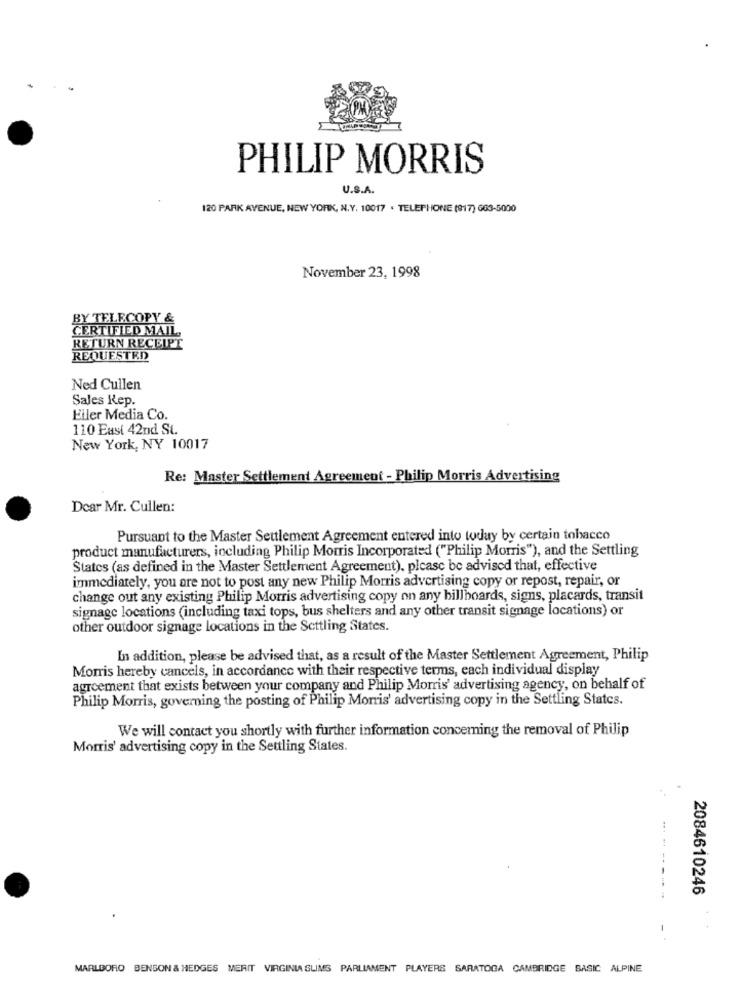
PHILIP MORRIS
U.S.A.
120 PARK AVENUE, NEW YORK, N.Y. 10017 . TELEPHONE (917) 663-5000
November 23, 1998
BY TELECOPY &
CERTIFIED MAIL
RETURN RECEIPT
REQUESTED
Ned Cullen
Sales Rep.
Eiler Media Co.
110 East 42nd St.
New York, NY 10017
Re: Master Settlement Agreement - Philip Morris Advertising
Dear Mr. Cullen:
Pursuant to the Master Settlement Agreement entered into today by certain tobacco
product manufacturers, including Philip Morris Incorporated ("Philip Morris"), and the Settling
States (as defined in the Master Settlement Agreement), please be advised that, effective
immediately, you are not to post any new Philip Morris advertising copy or repost, repair, or
change out any existing Philip Morris advertising copy on any billboards, signs, placards, transit
signage locations (including taxi tops, bus shelters and any other transit signage locations) or
other outdoor signage locations in the Settling States.
In addition, please be advised that, as a result of the Master Settlement Agreement, Philip
Morris hereby cancels, in accordance with their respective terms, each individual display
agreement that exists between your company and Philip Morris' advertising agency, on behalf of
Philip Morris, governing the posting of Philip Morris' advertising copy in the Settling States.
We will contact you shortly with further information concerning the removal of Philip
Morris' advertising copy in the Settling States.
2084610246
MARLBORO BENSON & HEDGES MERIT VIRGINIA SLIMS PARLIAMENT PLAYERS SARATOGA CAMBRIDGE BASIC ALPINE